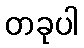
တခုပါ